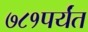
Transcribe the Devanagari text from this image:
७८१पर्यंत